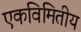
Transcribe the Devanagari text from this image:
एकविमितीय